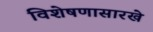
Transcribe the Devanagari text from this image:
विशेषणासारखे